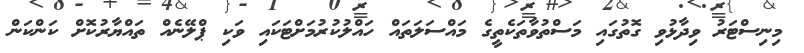
މިނިސްޓަރު ވިދާޅުވި ގޮތުގައި މަސްތުވާތަކެތީގެ މައްސަލަތައް ހައްލުކުރުމަށްޓަކައި ވަކި ޕްލޭނެއް ތައްޔާރުކޮށް ކަންކަން